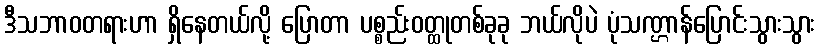
ဒီသဘာဝတရားဟာ ရှိနေတယ်လို့ ပြောတာ ပစ္စည်းဝတ္ထုတစ်ခုခု ဘယ်လိုပဲ ပုံသဏ္ဌာန်ပြောင်းသွားသွား